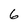
Character: 6